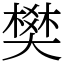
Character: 樊